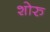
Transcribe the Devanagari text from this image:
शोरु